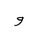
Letter: _waw